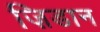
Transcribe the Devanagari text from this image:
ज़िडान